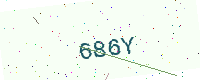
Text: 686Y